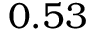
0 . 5 3